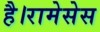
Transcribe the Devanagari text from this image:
है।रामेसेस